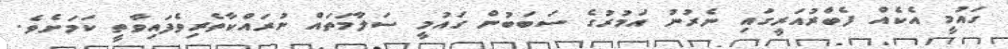
ގައުމީ އެކެއް ފެބްރުއަރީގައި ނެރުނު އަމުރުގެ ސަބަބުން ގައުމީ ސަލާމަތައް ނުރައްކާތެރިވެފައިވާތީ ކަމަށެވެ.